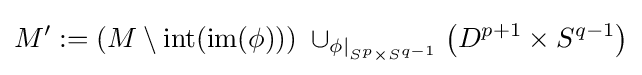
M':=\left(M\setminus \operatorname {int} (\operatorname {im} (\phi ))\right)\;\cup _{\phi |_{S^{p}\times S^{q-1}}}\left(D^{p+1}\times S^{q-1}\right)